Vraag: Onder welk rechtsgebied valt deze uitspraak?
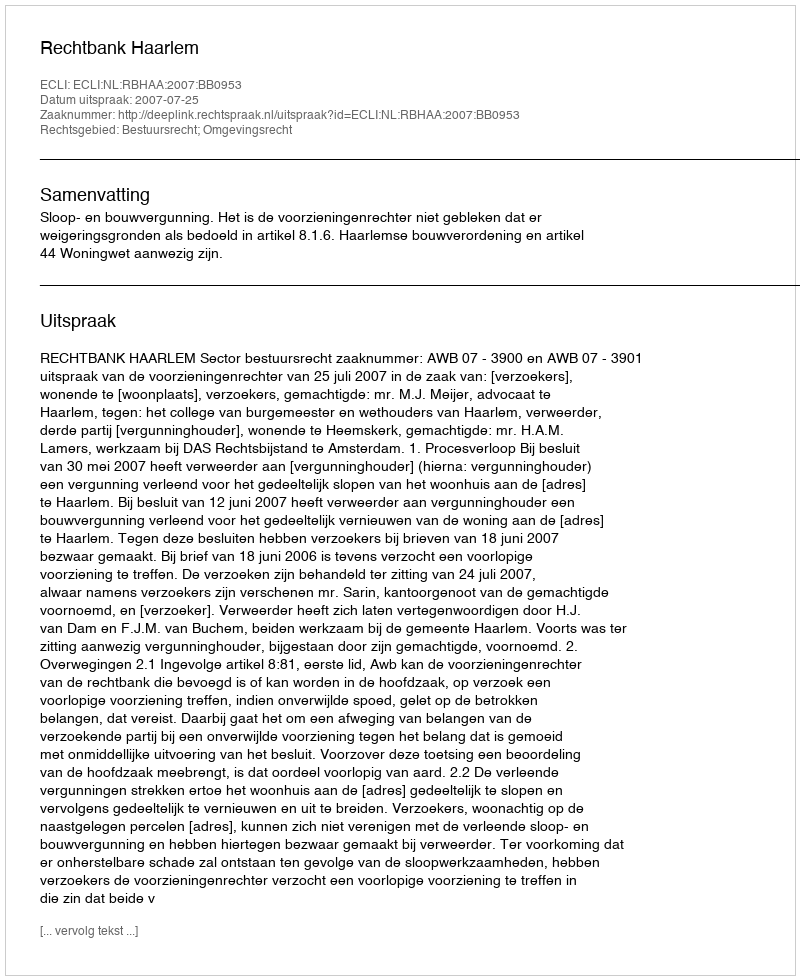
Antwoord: Bestuursrecht; Omgevingsrecht